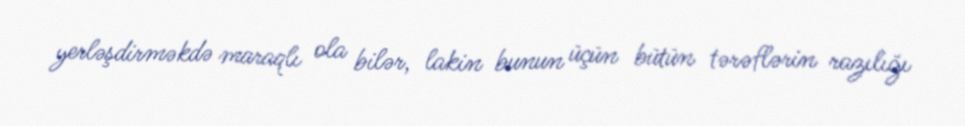
yerləşdirməkdə maraqlı ola bilər, lakin bunun üçün bütün tərəflərin razılığı